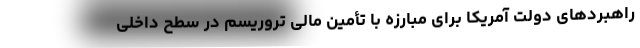
راهبردهای دولت آمریکا برای مبارزه با تأمین مالی تروریسم در سطح داخلی